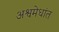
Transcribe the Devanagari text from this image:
अश्वमेधांत